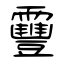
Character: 靊